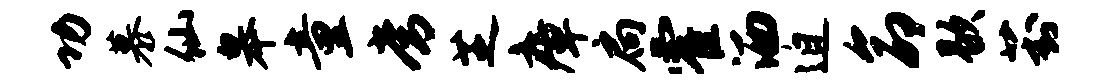
功慕仙皋童常芝瘴扃霍洒迫命歇葑